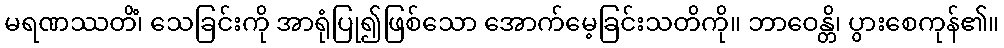
မရဏဿတိံ၊ သေခြင်းကို အာရုံပြု၍ဖြစ်သော အောက်မေ့ခြင်းသတိကို။ ဘာဝေန္တိ၊ ပွားစေကုန်၏။